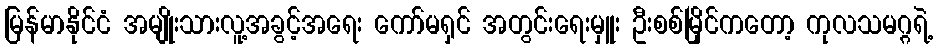
မြန်မာနိုင်ငံ အမျိုးသားလူ့အခွင့်အရေး ကော်မရှင် အတွင်းရေးမှူး ဦးစစ်မြိုင်ကတော့ ကုလသမဂ္ဂရဲ့